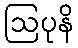
ဩပုနိ